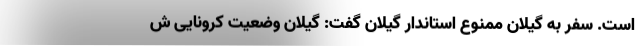
است. سفر به گیلان ممنوع استاندار گیلان گفت: گیلان وضعیت کرونایی ش